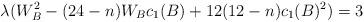
LaTeX: \begin{align*}\lambda( W_{B}^{2}- (24-n)W_{B}c_{1}(B)+12(12-n)c_{1}(B)^{2})=3\end{align*}